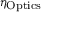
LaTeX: \eta _ { \mathrm { O p t i c s } }